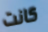
كانت